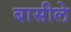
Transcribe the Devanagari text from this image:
बासीले